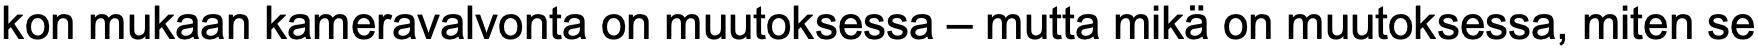
kon mukaan kameravalvonta on muutoksessa – mutta mikä on muutoksessa, miten se